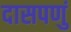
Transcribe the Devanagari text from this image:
दासपणुं